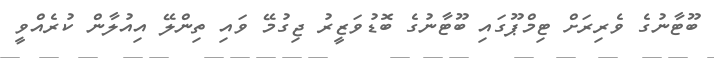
ބޫޓާނުގެ ވެރިރަށް ޓިމްޕޫގައި ބޫޓާނުގެ ބޮޑުވަޒީރު ޖިގުމޭ ވައި ތިންލޭ އިއުލާން ކުރެއްވީ